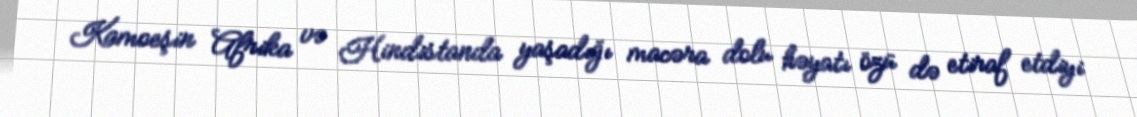
Kamoeşin Afrika və Hindistanda yaşadığı macəra dolu həyatı özü də etiraf etdiyi